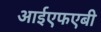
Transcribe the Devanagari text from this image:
आईएफएबी